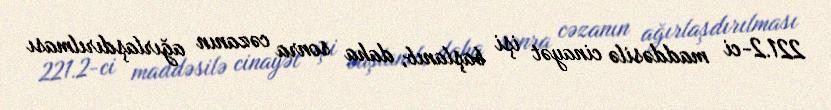
221.2-ci maddəsilə cinayət işi başlanıb, daha sonra cəzanın ağırlaşdırılması